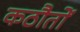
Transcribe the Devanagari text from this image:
कठौतों